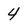
Character: 4